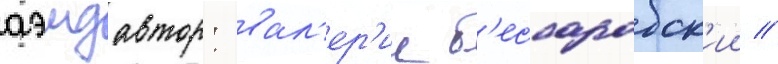
аэмдавтор: вал'ер'ии б'ессарабск'ии //